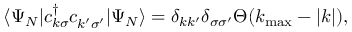
\langle \Psi _ { N } | c _ { k \sigma } ^ { \dagger } c _ { k ^ { \prime } \sigma ^ { \prime } } ^ { \phantom { \dagger } } | \Psi _ { N } \rangle = \delta _ { k k ^ { \prime } } \delta _ { \sigma \sigma ^ { \prime } } \Theta ( k _ { \mathrm { m a x } } - | k | ) ,